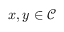
x , y \in { \mathcal { C } }